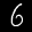
Label: 6